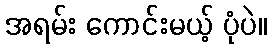
အရမ်း ကောင်းမယ့် ပုံပဲ။